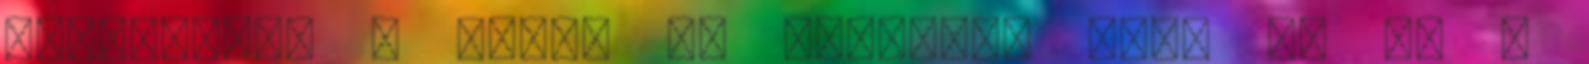
kitöltjük. A nyelv ek közlése, mely ek en a